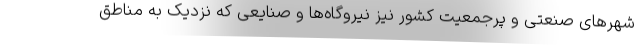
شهرهای صنعتی و پرجمعیت کشور نیز نیروگاه‌ها و صنایعی که نزدیک به مناطق